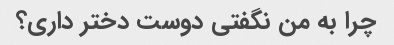
چرا به من نگفتی دوست دختر داری؟